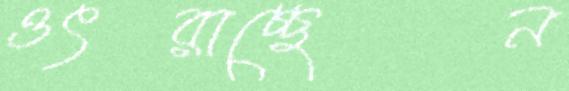
ওৎরাচ্ছেন